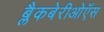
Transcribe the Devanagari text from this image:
ब्लैकबेरीओऍस